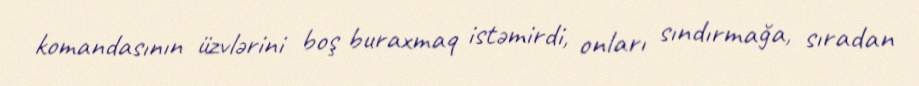
komandasının üzvlərini boş buraxmaq istəmirdi, onları sındırmağa, sıradan